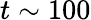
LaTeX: t\sim 100